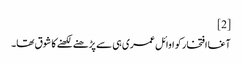
[2]
آغا افتخار کو اوائل عمری ہی سے پڑھنے لکھنے کا شوق تھا۔